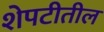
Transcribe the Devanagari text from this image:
शेपटीतील